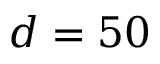
d = 5 0